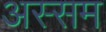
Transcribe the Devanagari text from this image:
अस्सम